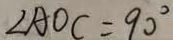
\angle A O C = 9 0 ^ { \circ }